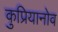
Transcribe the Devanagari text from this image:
कुप्रियानोव